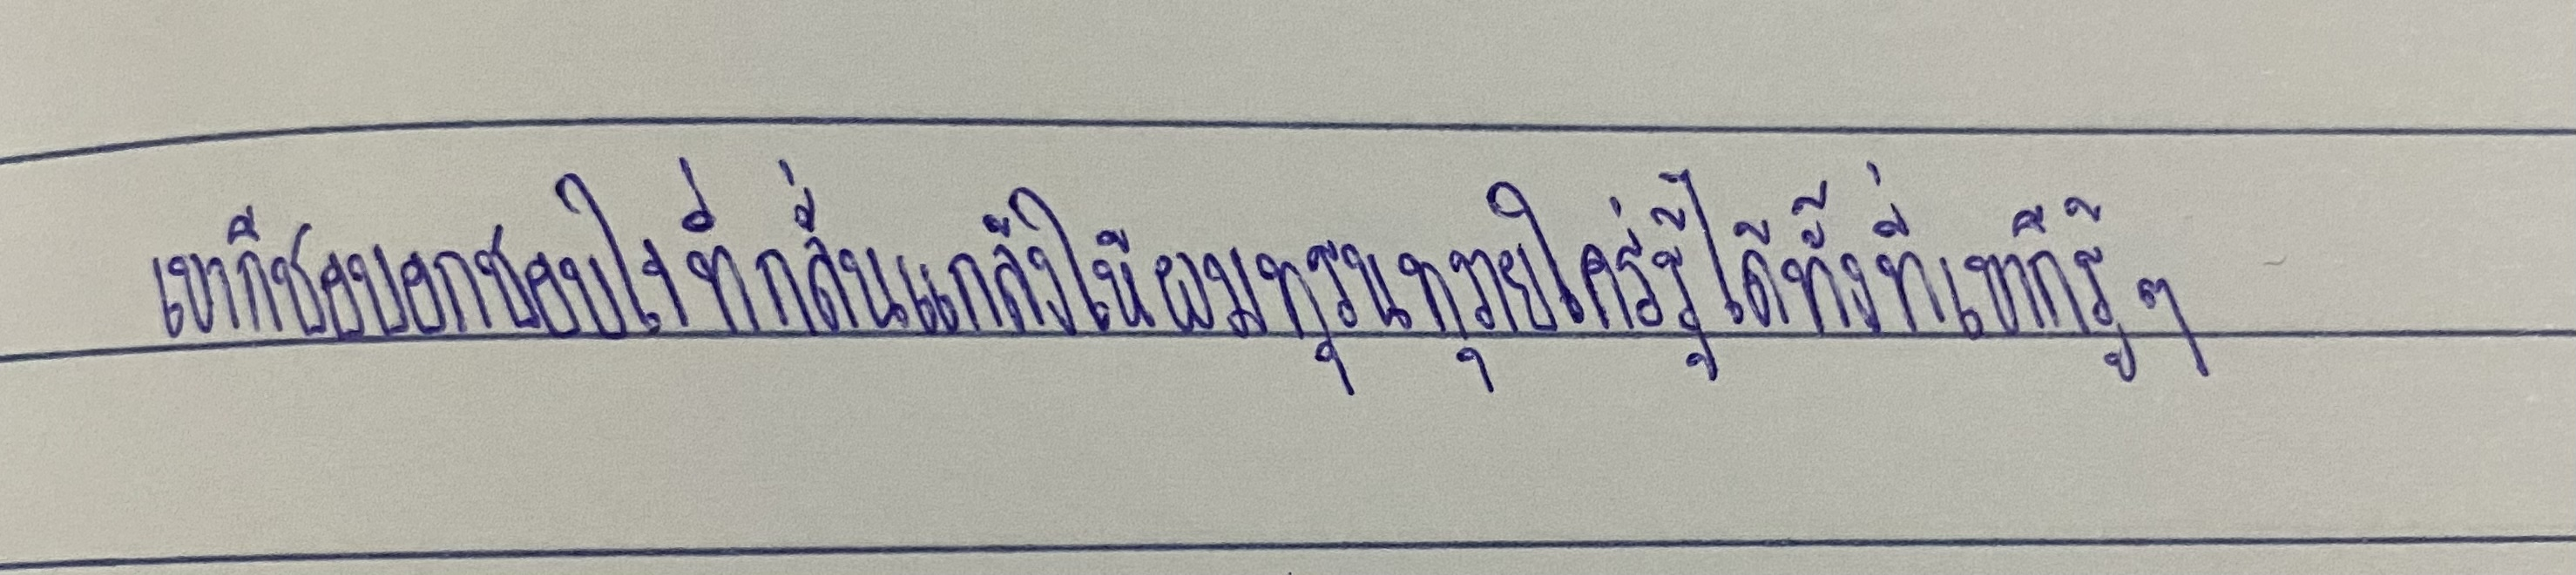
เขาก็ชอบอกชอบใจที่กลั่นแกล้งให้ผมทุรนทุรายใคร่รู้ได้ทั้งที่เขาก็รู้ๆ